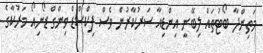
މަތިންދާ ބޯޓުތައް ލިބޭނީ އިންޑިއާ ސަރުކާރުން ވެސް ފިކްސްޑް ވިންގް ޑޯނިއޯ މަރުކާގެ